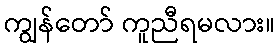
ကျွန်တော် ကူညီရမလား။